Burma Government Medical School reports 1923-41
Year: 1923
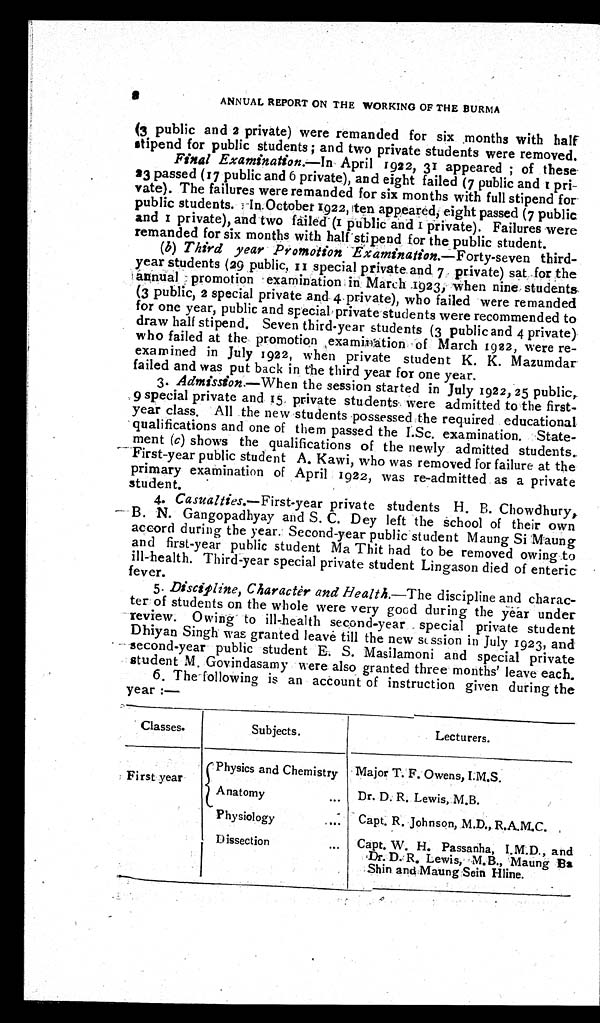
2 A
NNUAL REPORT ON THE WORKING OF THE BURMA
(3 public and 2 private) were remanded for six months with half
stipend for public students; and two private students were removed.
Final Examination.—In April 1922, 31 appeared; of these
23 passed (17 public and 6 private), and eight failed (7 public and 1 pri
-vate). The failures were remanded for six months with full stipend for
public students. In October 1922, ten appeared, eight passed (7 public
a n d 1 p r i v a t e ) , a n d t w o f a i l e d ( 1 p u b l i c a n d 1 p r i v a t e ) . F a i l u r e s w e r e
remanded for six months with half stipend for the public student.
(b) Third year Promotion Examination .—Forty-seven third
- y e a r s t u d e n t s ( 2 9 p u b l i c , 1 1 s p e c i a l p r i v a t e a n d 7 p r i v a t e ) s a t f o r t h e
annual promotion examination in March 1923, when nine students
(3 public, 2 special private and 4 private), who failed were remanded
for one year, public and special private students were recommended to
draw half stipend. Seven third-year students (3 public and 4 private)
who failed at the promotion examination of March 1922, were re
-examined in July 1922, when private student K. K. Mazumdar
failed and was put back in the third year for one year.
3.
Admission.—When the session started in July 1922, 25 public,
9 special private and 15 private students were admitted to the first
- y e a r c l a s s . A l l t h e n e w s t u d e n t s p o s s e s s e d t h e r e q u i r e d e d u c a t i o n a l
qualifications and one of them passed the I.Sc. examination. State
- m e n t (
c ) shows the qualifications of the newly admitted students
. F i r s t - y e a r p u b l i c s t u d e n t A . K a w i , w h o w a s r e m o v e d f o r f a i l u r e a t t h e
primary examination of April 1922, was re-admitted as a private
student.
4.
Casualties.—First-year private students H. B. Chowdhury,
B. N. Gangopadhyay and S. C. Dey left the school of their own
accord duri ng t he year. Second-year publ i c st udent Maung Si Maung
and first-year public student Ma Thit had to be removed owing to
ill-health. Third-year special private student Lingason died of enteric
fever.
5. Discipline, Character and Health.—The discipline and charac
-ter of students on the whole were very good during the Year under
review. Owing to ill-health second-year special private student
Dhiyan Singh was granted leave till the new session in July 1923, and
second-year public student E. S. Masilamoni and special private
student M. Govindasamy were also granted three months' leave each.
6. The following is an account of instruction given during the
year:—
Classes.
Subjects.
Lecturers.
First year
Physics and Chemistry
Major T. F. Owens, I.M.S.
A n a t o m y . . .
D. R. Lewis, M.B.
Physiology . . .
Capt. R. Johnson, M.D., R.A.M.C.
Dissection . . .
Capt. W. H. Passanha, I.M.D., and
Dr. D. R. Lewis, M.B., Maung Ba
Shin and Maung Sein Hline.